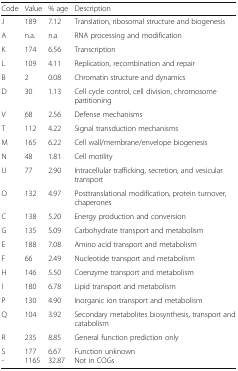
<table><thead><tr><td><b>Code</b></td><td><b>Value</b></td><td><b>% age</b></td><td><b>Description</b></td></tr></thead><tbody><tr><td>J</td><td>189</td><td>7.12</td><td>Translation, ribosomal structure and biogenesis</td></tr><tr><td>A</td><td>n.a.</td><td>n.a</td><td>RNA processing and modification</td></tr><tr><td>K</td><td>174</td><td>6.56</td><td>Transcription</td></tr><tr><td>L</td><td>109</td><td>4.11</td><td>Replication, recombination and repair</td></tr><tr><td>B</td><td>2</td><td>0.08</td><td>Chromatin structure and dynamics</td></tr><tr><td>D</td><td>30</td><td>1.13</td><td>Cell cycle control, cell division, chromosome partitioning</td></tr><tr><td>V</td><td>68</td><td>2.56</td><td>Defense mechanisms</td></tr><tr><td>T</td><td>112</td><td>4.22</td><td>Signal transduction mechanisms</td></tr><tr><td>M</td><td>165</td><td>6.22</td><td>Cell wall/membrane/envelope biogenesis</td></tr><tr><td>N</td><td>48</td><td>1.81</td><td>Cell motility</td></tr><tr><td>U</td><td>77</td><td>2.90</td><td>Intracellular trafficking, secretion, and vesicular transport</td></tr><tr><td>O</td><td>132</td><td>4.97</td><td>Posttranslational modification, protein turnover, chaperones</td></tr><tr><td>C</td><td>138</td><td>5.20</td><td>Energy production and conversion</td></tr><tr><td>G</td><td>135</td><td>5.09</td><td>Carbohydrate transport and metabolism</td></tr><tr><td>E</td><td>188</td><td>7.08</td><td>Amino acid transport and metabolism</td></tr><tr><td>F</td><td>66</td><td>2.49</td><td>Nucleotide transport and metabolism</td></tr><tr><td>H</td><td>146</td><td>5.50</td><td>Coenzyme transport and metabolism</td></tr><tr><td>I</td><td>180</td><td>6.78</td><td>Lipid transport and metabolism</td></tr><tr><td>P</td><td>130</td><td>4.90</td><td>Inorganic ion transport and metabolism</td></tr><tr><td>Q</td><td>104</td><td>3.92</td><td>Secondary metabolites biosynthesis, transport and catabolism</td></tr><tr><td>R</td><td>235</td><td>8.85</td><td>General function prediction only</td></tr><tr><td>S-</td><td>1771165</td><td>6.6732.87</td><td>Function unknownNot in COGs</td></tr></tbody></table>